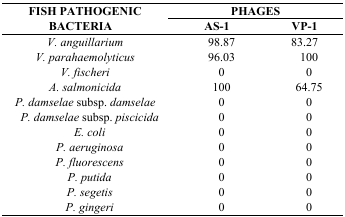
<table><thead><tr><td rowspan="3"><b>FISH PATHOGENIC BACTERIA</b></td><td colspan="2"><b>PHAGES</b></td></tr><tr><td><b>AS-1</b></td><td><b>VP-1</b></td></tr></thead><tbody><tr><td><i>V. anguillarium</i></td><td>98.87</td><td>83.27</td></tr><tr><td><i>V. parahaemolyticus</i></td><td>96.03</td><td>100</td></tr><tr><td><i>V. fischeri</i></td><td>0</td><td>0</td></tr><tr><td><i>A. salmonicida</i></td><td>100</td><td>64.75</td></tr><tr><td><i>P. damselae</i> subsp. <i>damselae</i></td><td>0</td><td>0</td></tr><tr><td><i>P. damselae</i> subsp. <i>piscicida</i></td><td>0</td><td>0</td></tr><tr><td><i>E. coli</i></td><td>0</td><td>0</td></tr><tr><td><i>P. aeruginosa</i></td><td>0</td><td>0</td></tr><tr><td><i>P. fluorescens</i></td><td>0</td><td>0</td></tr><tr><td><i>P. putida</i></td><td>0</td><td>0</td></tr><tr><td><i>P. segetis</i></td><td>0</td><td>0</td></tr><tr><td><i>P. gingeri</i></td><td>0</td><td>0</td></tr></tbody></table>